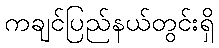
ကချင်ပြည်နယ်တွင်းရှိ